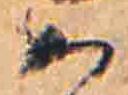
あ